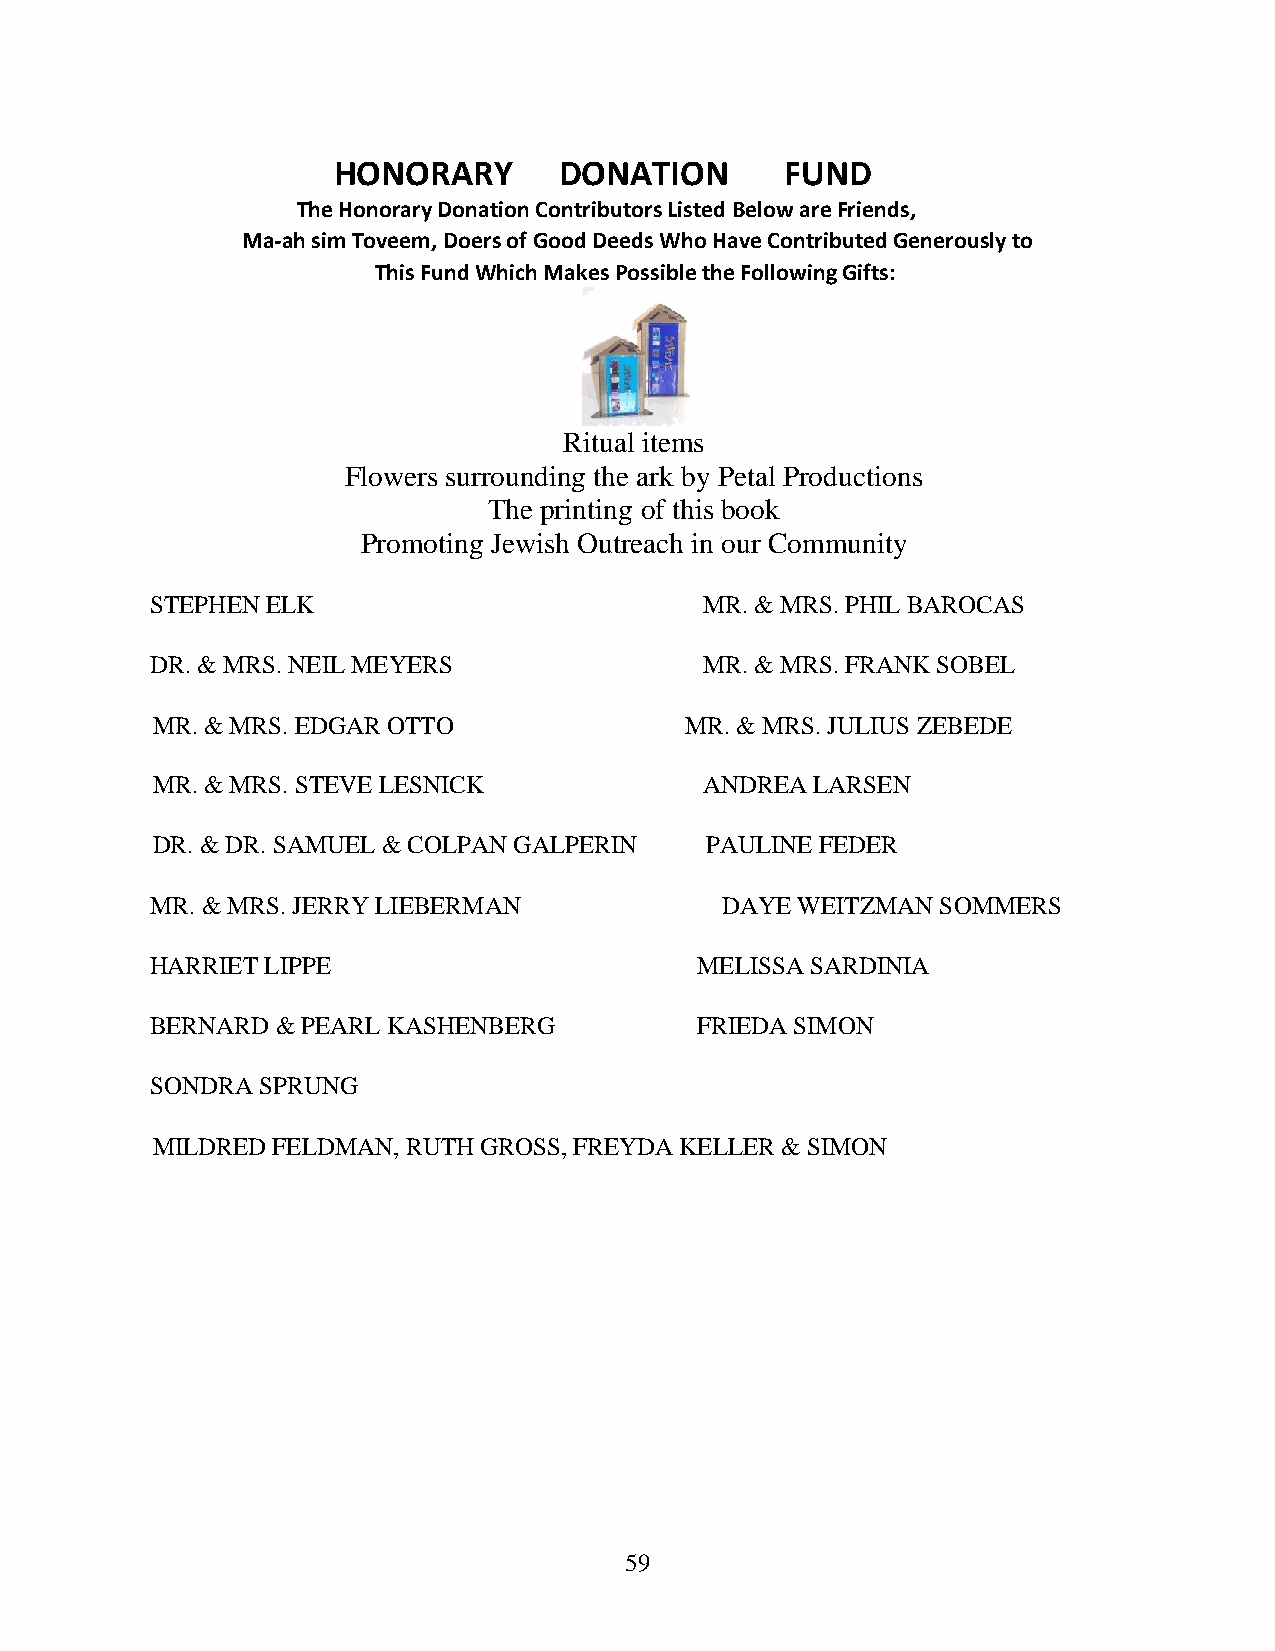
HONORARY       DONATION       FUND
 The Honorary Donation Contributors Listed Below are Friends,
 Ma-ah sim Toveem, Doers of Good Deeds Who Have Contributed Generously to
 This Fund Which Makes Possible the Following Gifts:
 Ritual items
 Flowers surrounding the ark by Petal Productions
 The printing of this book
 Promoting Jewish Outreach in our Community
 STEPHEN ELK                          MR. & MRS. PHIL BAROCAS
 DR. & MRS. NEIL MEYERS               MR. & MRS. FRANK SOBEL
 MR. & MRS. EDGAR OTTO              MR. & MRS. JULIUS ZEBEDE
 MR. & MRS. STEVE LESNICK             ANDREA LARSEN
 DR. & DR. SAMUEL & COLPAN GALPERIN   PAULINE FEDER
 MR. & MRS. JERRY LIEBERMAN            DAYE WEITZMAN SOMMERS
 HARRIET LIPPE                       MELISSA SARDINIA
 BERNARD & PEARL KASHENBERG          FRIEDA SIMON
 SONDRA SPRUNG
 MILDRED FELDMAN, RUTH GROSS, FREYDA KELLER & SIMON
 59